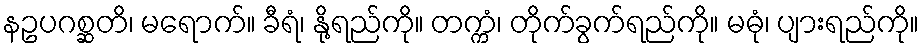
နဥပဂစ္ဆတိ၊ မရောက်။ ခီရံ၊ နို့ရည်ကို။ တက္ကံ၊ တိုက်ခွက်ရည်ကို။ မဓုံ၊ ပျားရည်ကို။